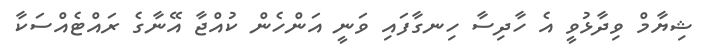
ޝިޔާމް ވިދާޅުވީ އެ ހާދިސާ ހިނގާފައި ވަނީ އަންހެން ކުއްޖާ އޭނާގެ ރައްޓެއްސަކާ